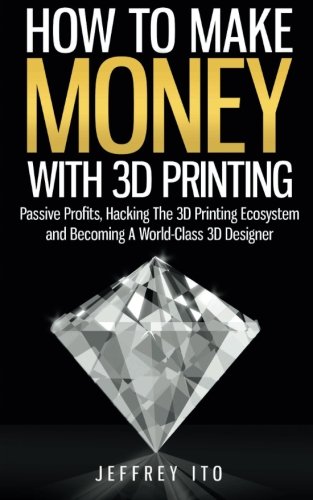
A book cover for How To Make Money With 3D Printing: Passive Profits, Hacking The 3D Printing Ecosystem And Becoming A World-Class 3D Designer; Jeffrey Ito; Computers & Technology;